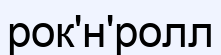
рок'н'ролл